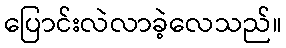
ပြောင်းလဲလာခဲ့လေသည်။